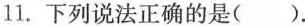
11.下列说法正确的是()。